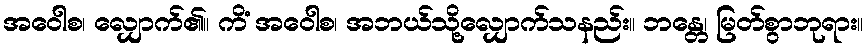
အဝေါစ၊ လျှောက်၏။ ကိံ အဝေါစ၊ အဘယ်သို့လျှောက်သနည်း။ ဘန္တေ၊ မြတ်စွာဘုရား။